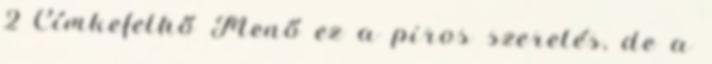
2 Címkefelhő Menő ez a piros szerelés, de a